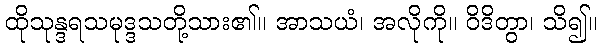
ထိုသုန္ဒရသမုဒ္ဒသတို့သား၏။ အာသယံ၊ အလိုကို။ ဝိဒိတွာ၊ သိ၍။